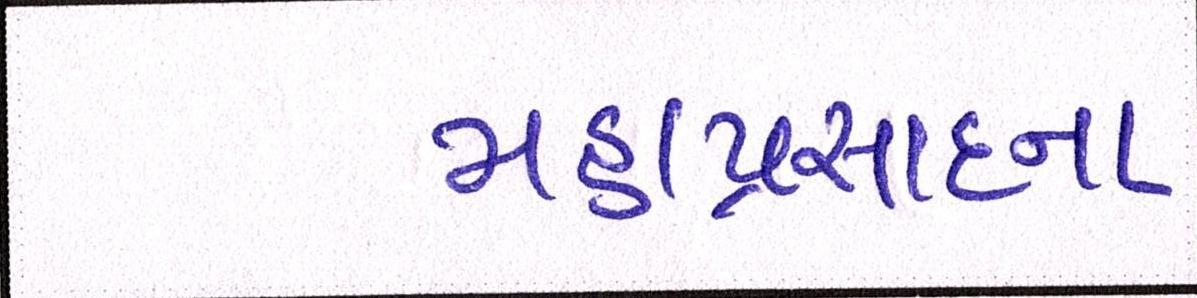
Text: મહાપ્રસાદના